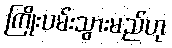
ကြိုးပမ်းသွားမည်ဟု